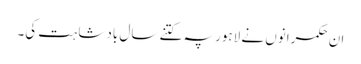
ان حکمرانوں نے لاہور پہ کتنے سال بادشاہت کی۔